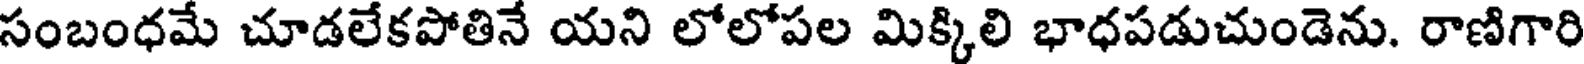
సంబంధమే చూడలేకపోతినే యని లోలోపల మిక్కిలి భాధపడుచుండెను. రాణిగారి